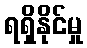
ရရှိနိုင်မှု